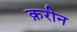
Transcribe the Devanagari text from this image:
क़रीन